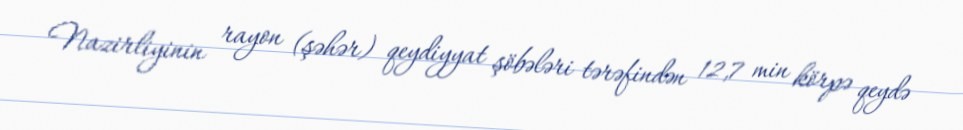
Nazirliyinin rayon (şəhər) qeydiyyat şöbələri tərəfindən 12,7 min körpə qeydə